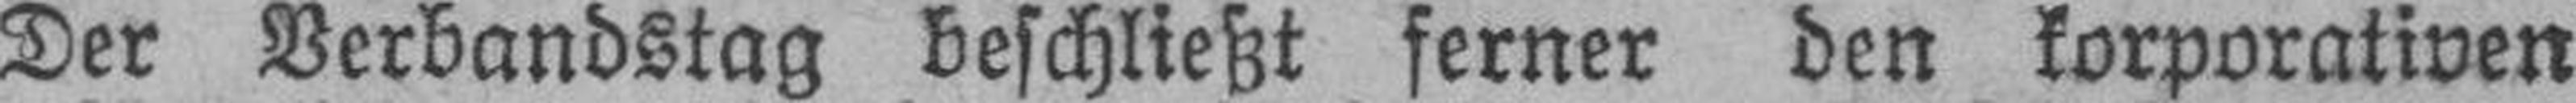
Der Verbandstag beschließt ferner den korporativen